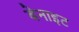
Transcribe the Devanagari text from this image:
बेनाइट